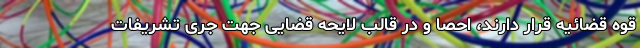
قوه قضائیه قرار دارند، احصا و در قالب لایحه قضایی جهت جری تشریفات